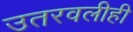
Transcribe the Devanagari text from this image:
उतरवलीही